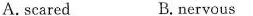
A.scared B.Nervous